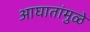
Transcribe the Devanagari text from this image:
आघातांमुळे